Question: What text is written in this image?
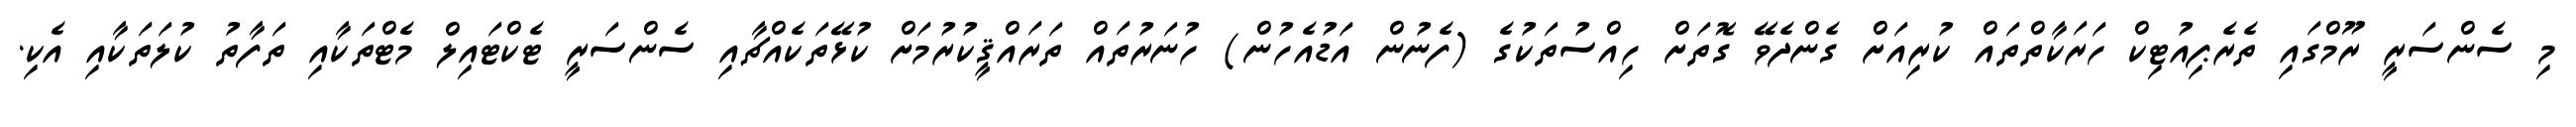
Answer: މި ސެންސަރީ ރޫމްގައި ތެރެޕިއުޓިކް ހަރަކާތްތައް ކުރިއަށް ގެންދެވޭ ގޮތަށް ހިއްސުތަކުގެ (ފެނުން އަޑުއެހުން) ހުނަރުތައް ތަރައްޤީކުރުމަށް ކުޅޭތަކެއްޗާއި ސެންސަރީ ޓެކްޓައިލް މެޓްތަކާއި ތަފާތު ކުލަތަކާއި އެކި.